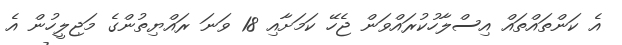
އެ ކަންތައްތައް އިސްލާހުކުރައްވަން ޖެހޭ ކަމަށާއި 18 ވަނަ ރައްޔިތުންގެ މަޖިލީހުން އެ